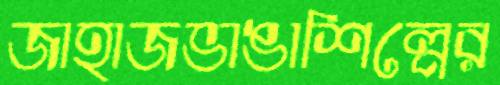
জাহাজভাঙাশিল্পের